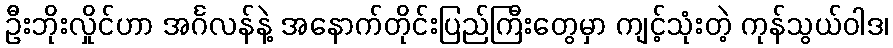
ဦးဘိုးလှိုင်ဟာ အင်္ဂလန်နဲ့ အနောက်တိုင်းပြည်ကြီးတွေမှာ ကျင့်သုံးတဲ့ ကုန်သွယ်ဝါဒ၊